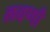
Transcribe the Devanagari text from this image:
लवणी